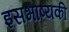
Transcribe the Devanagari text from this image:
इसभाष्यकी